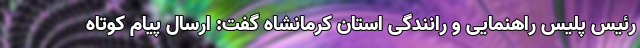
رئیس پلیس راهنمایی و رانندگی استان کرمانشاه گفت: ارسال پیام کوتاه